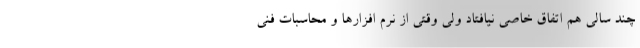
چند سالی هم اتفاق خاصی نیافتاد ولی وقتی از نرم افزارها و محاسبات فنی